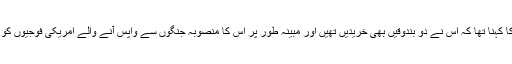
تفتیش کاروں کا کہنا تھا کہ اس نے دو بندوقیں بھی خریدیں تھیں اور مبینہ طور پر اس کا منصوبہ جنگوں سے واپس آنے والے امریکی فوجیوں کو مارنے کا تھا۔